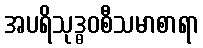
အပရိသုဒ္ဓဝစီသမာစာရာ